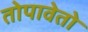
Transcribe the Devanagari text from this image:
तोपावेतो